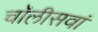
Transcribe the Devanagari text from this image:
चॉलीसवां